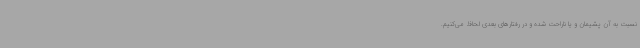
نسبت به آن پشیمان و یا ناراحت شده و در رفتارهای بعدی لحاظ می‌کنیم.